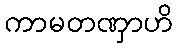
ကာမတဏှာဟိ